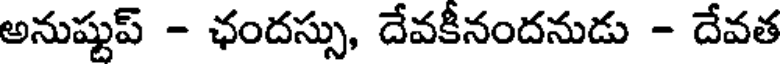
అనుష్టుప్ - ఛందస్సు, దేవకీనందనుడు - దేవత